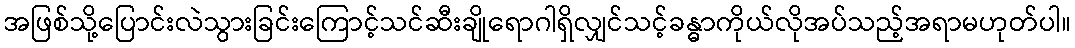
အဖြစ်သို့ပြောင်းလဲသွားခြင်းကြောင့်သင်ဆီးချိုရောဂါရှိလျှင်သင့်ခန္ဓာကိုယ်လိုအပ်သည့်အရာမဟုတ်ပါ။